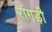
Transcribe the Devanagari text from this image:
रांगड़ी